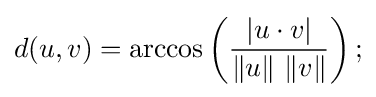
d(u,v)=\arccos \left({\frac {|u\cdot v|}{\|u\|\ \|v\|}}\right);